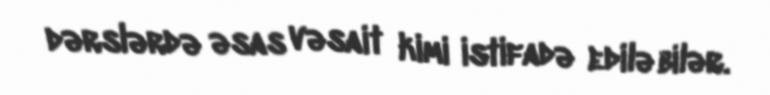
dərslərdə əsas vəsait kimi istifadə edilə bilər.